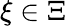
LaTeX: \xi\in\Xi